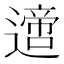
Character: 𨗁